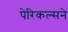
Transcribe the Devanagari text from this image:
पेरिकल्सने